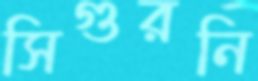
সিগুরনি